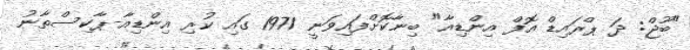
"ބޫޖް: ދަ ޕްރައިޑް އޮފް އިންޑިއާ" ބިނާކޮށްފައިވަނީ 1971 ގައި ކުރި އިންޑިއާ-ޕާކިސްތާނު